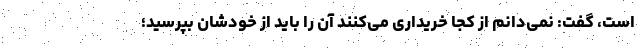
است، گفت: نمی‌دانم از کجا خریداری می‌کنند آن را باید از خودشان بپرسید؛